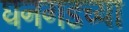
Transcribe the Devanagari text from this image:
घनगडच्या